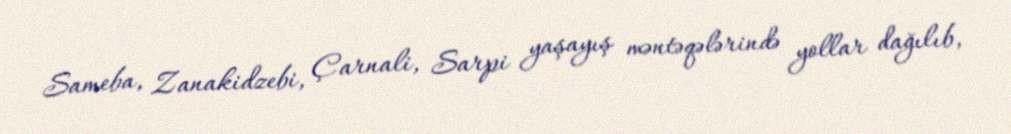
Sameba, Zanakidzebi, Çarnali, Sarpi yaşayış məntəqələrində yollar dağılıb,